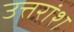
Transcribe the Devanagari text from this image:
उत्तरांश